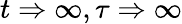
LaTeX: t\Rightarrow\infty,\tau\Rightarrow\infty